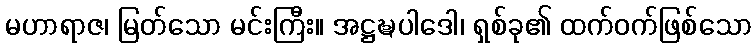
မဟာရာဇ၊ မြတ်သော မင်းကြီး။ အဋ္ဌဍ္ဎပါဒေါ၊ ရှစ်ခု၏ ထက်ဝက်ဖြစ်သော